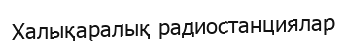
Халықаралық радиостанциялар